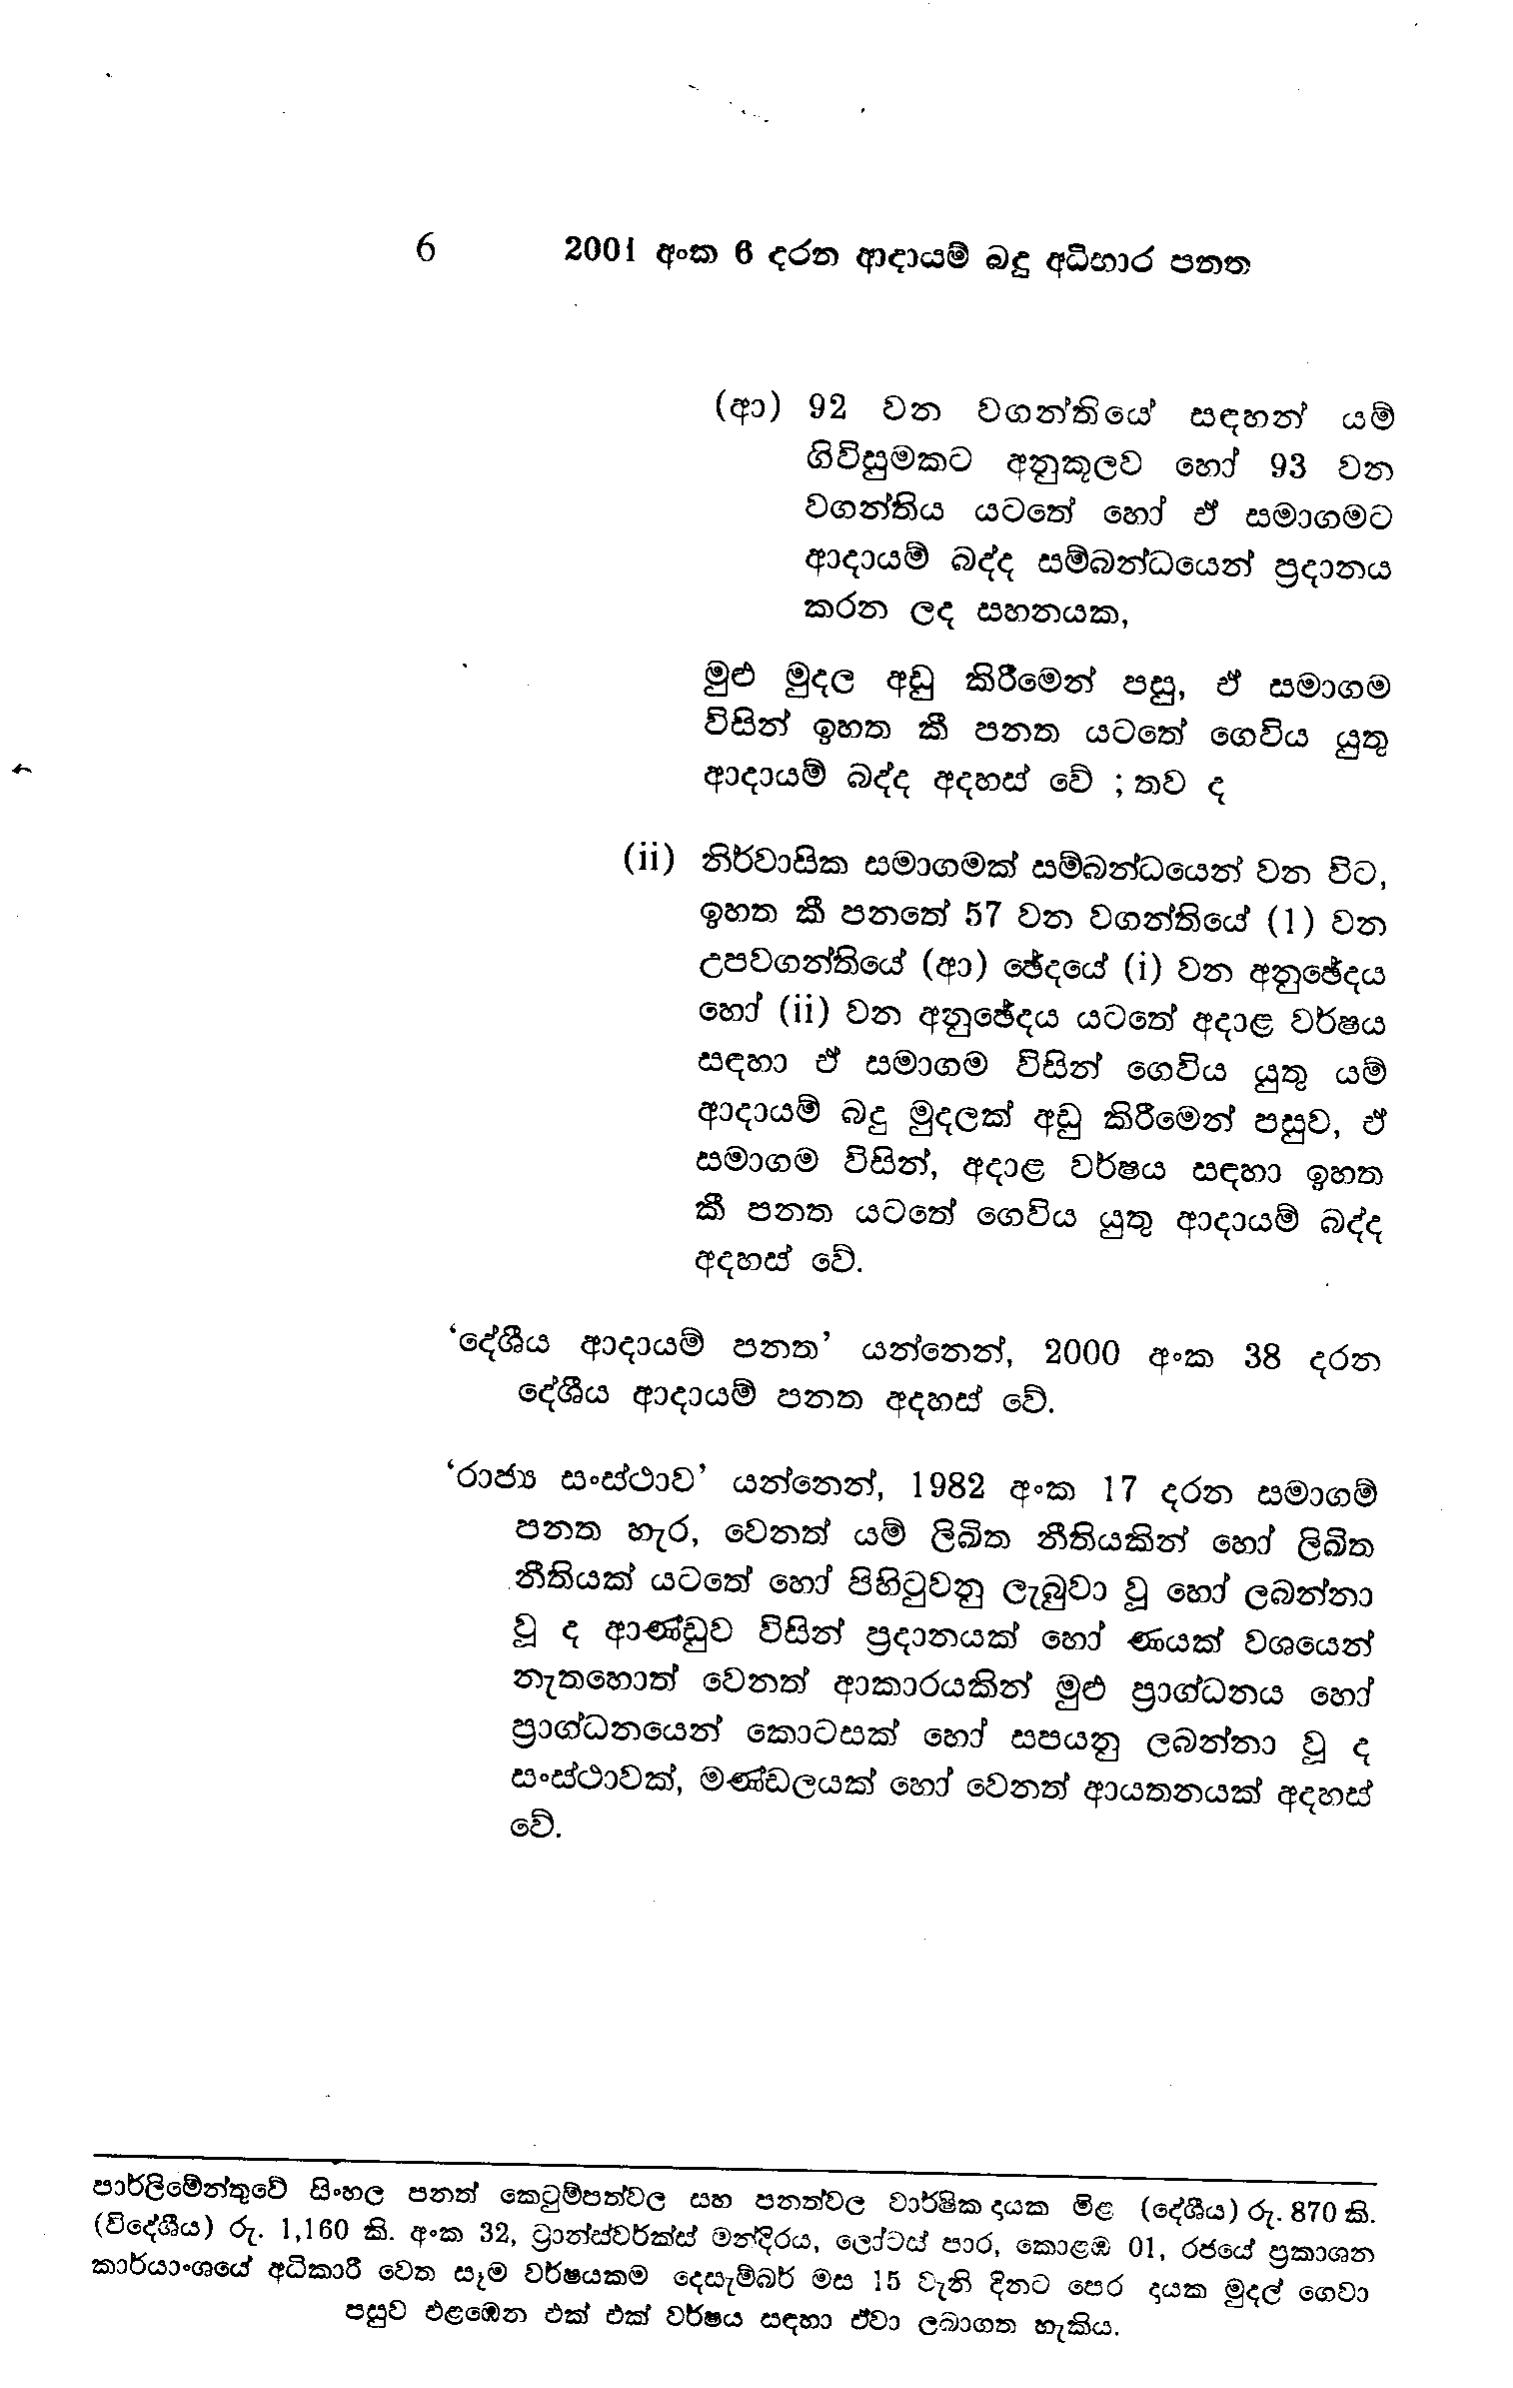
6 2001 අංක 6 දරන ආදායම් බදු අධිභාර පනත

(ආ) 92 වන වගන්තියේ සඳහන් යම්
ගිවිසුමකට අනුකූලව හෝ 93 වන
වගන්තිය යටතේ හෝ ඒ සමාගමට
ආදායම් බද්ද සම්බන්ධයෙන් ප්‍රදානය
කරන ලද සහනයක,

මුළු මුදල අඩු කිරීමෙන් පසු, ඒ සමාගම
විසින් ඉහත කී පනත යටතේ ගෙවිය යුතු
ආදායම් බද්ද අදහස් වේ ; තව ද

(ii) නිර්වාසික සමාගමක් සම්බන්ධයෙන් වන විට,
ඉහත කී පනතේ 57 වන වගන්තියේ (1) වන
උපවගන්තියේ (ආ) ඡේදයේ (i) වන අනුඡේදය
හෝ (ii) වන අනුඡේදය යටතේ අදාළ වර්ෂය
සඳහා ඒ සමාගම විසින් ගෙවිය යුතු යම්
ආදායම් බදු මුදලක් අඩු කිරීමෙන් පසුව, ඒ
සමාගම විසින්, අදාළ වර්ෂය සඳහා ඉහත
කී පනත යටතේ ගෙවිය යුතු ආදායම් බද්ද
අදහස් වේ.

‘දේශීය ආදායම් පනත’ යන්නෙන්, 2000 අංක 38 දරන
දේශීය ආදායම් පනත අදහස් වේ.

‘රාජ්‍ය සංස්ථාව’ යන්නෙන්, 1982 අංක 17 දරන සමාගම්
පනත හැර, වෙනත් යම් ලිඛිත නීතියකින් හෝ ලිඛිත
නීතියක් යටතේ හෝ පිහිටුවනු ලැබුවා වූ හෝ ලබන්නා
වූ ද ආණ්ඩුව විසින් ප්‍රදානයක් හෝ ණයක් වශයෙන්
නැතහොත් වෙනත් ආකාරයකින් මුළු ප්‍රාග්ධනය හෝ
ප්‍රාග්ධනයෙන් කොටසක් හෝ සපයනු ලබන්නා වූ ද
සංස්ථාවක්, මණ්ඩලයක් හෝ වෙනත් ආයතනයක් අදහස්
වේ.

පාර්ලිමේන්තුවේ සිංහල පනත් කෙටුම්පත්වල සහ පනත්වල වාර්ෂික දායක මිළ (දේශීය) රු. 870 කි.
(විදේශීය) රු. 1,160 කි. අංක 32, ට්‍රාන්ස්වර්ක්ස් මන්දිරය, ලෝටස් පාර, කොළඹ 01, රජයේ ප්‍රකාශන
කාර්යාංශයේ අධිකාරී වෙත සෑම වර්ෂයකම දෙසැම්බර් මස 15 වැනි දිනට පෙර දායක මුදල් ගෙවා
පසුව එළඹෙන එක් එක් වර්ෂය සඳහා ඒවා ලබාගත හැකිය.